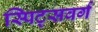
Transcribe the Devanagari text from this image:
स्पिट्सवर्ग